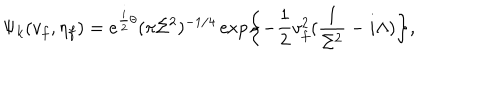
LaTeX: \Psi _ { k } ( v _ { f } , \eta _ { f } ) = e ^ { { \frac { i } { 2 } } \theta } ( \pi \Sigma ^ { 2 } ) ^ { - 1 / 4 } \exp \biggl \{ - { \frac { 1 } { 2 } } v _ { f } ^ { 2 } ( { \frac { 1 } { \Sigma ^ { 2 } } } - i \Lambda ) \biggr \} ,